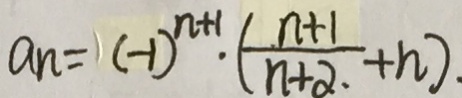
a _ { n } = ( - 1 ) ^ { n + 1 } \cdot ( \frac { n + 1 } { n + 2 } + n )